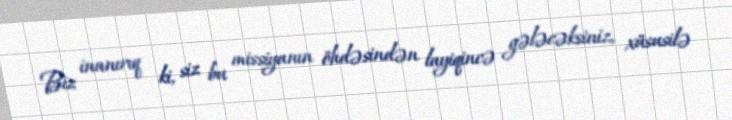
Biz inanırıq ki, siz bu missiyanın öhdəsindən layiqincə gələcəksiniz, xüsusilə